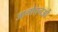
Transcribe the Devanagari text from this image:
आलोचनओं